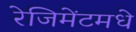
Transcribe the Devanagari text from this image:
रेजिमेंटमधे